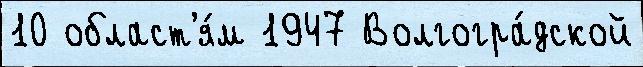
10 област'я́м 1947 Волгогра́дской